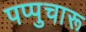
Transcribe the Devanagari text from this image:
पप्पुचारू